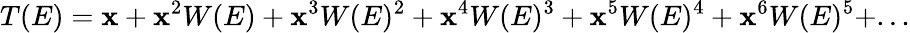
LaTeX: T(E)=\mathbf{x}+\mathbf{x}^{2}W(E)+\mathbf{x}^{3}W(E)^{2}+\mathbf{x}^{4}W(E)^{3}+\mathbf{x}^{5}W(E)^{4}+\mathbf{x}^{6}W(E)^{5}+...